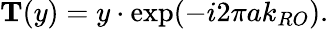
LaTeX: \mathbf{T}(y)=y\cdot\exp(-i2\pi ak_{RO}).